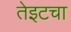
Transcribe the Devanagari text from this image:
तेइटचा